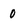
Character: 0